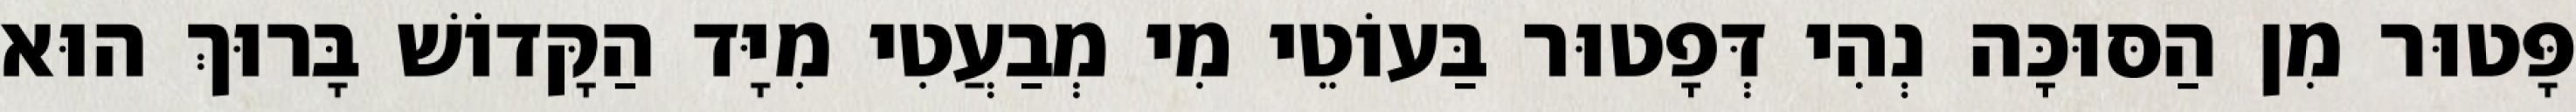
פָּטוּר מִן הַסּוּכָּה נְהִי דְּפָטוּר בַּעוֹטֵי מִי מְבַעֲטִי מִיָּד הַקָּדוֹשׁ בָּרוּךְ הוּא